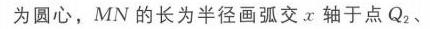
为圆心，\(MN\) 的长为半径画弧交 \(x\) 轴于点 \(Q_{2}\)、